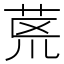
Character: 𮎻